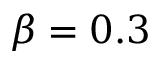
\beta = 0 . 3